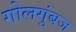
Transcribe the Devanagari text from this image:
गोलगुंबज